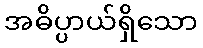
အဓိပ္ပာယ်ရှိသော